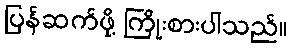
ပြန်ဆက်ဖို့ ကြိုးစားပါသည်။